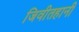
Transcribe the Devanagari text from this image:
जिवीतहानी